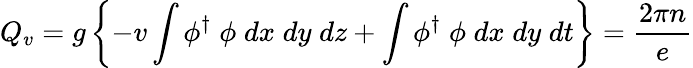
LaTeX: Q_{v}=g\left\{ -v\int\phi^{\dagger}\; \phi\; dx\; dy\; dz+\int\phi^{\dagger}\; \phi\; dx\; dy\; dt\right\} =\frac{2\pi n}{e}